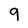
Character: 9